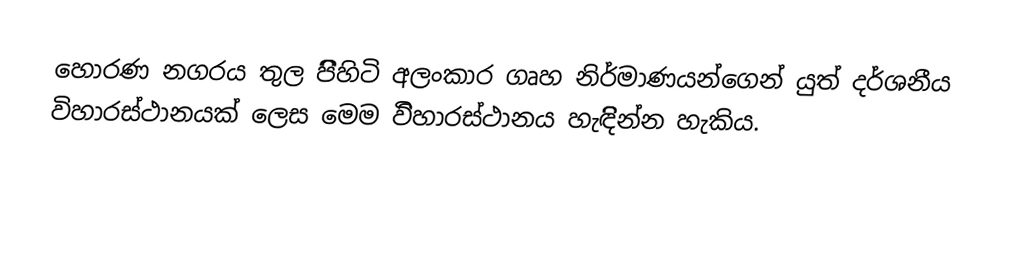
හොරණ නගරය තුල පිිිහිටි අලංකාර ගෘහ නිර්මාණයන්ගෙන් යුත් දර්ශනීය විහාරස්ථානයක් ලෙස මෙම විිහාරස්ථානය හැඳිිින්න හැකිය.